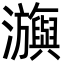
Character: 㶛